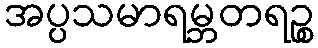
အပ္ပသမာရမ္ဘတရဉ္စ